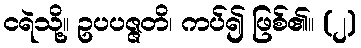
ငရဲသို့။ ဥပပဇ္ဇတိ၊ ကပ်၍ ဖြစ်၏။ (၂)